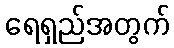
ရေရှည်အတွက်